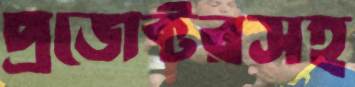
প্রজেক্টরসহ